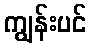
ကျွန်းပင်